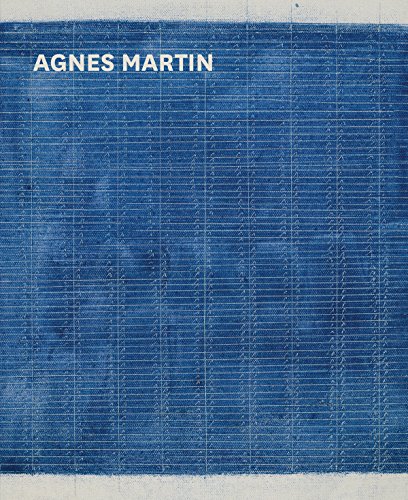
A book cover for Agnes Martin; Briony Fer; Arts & Photography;